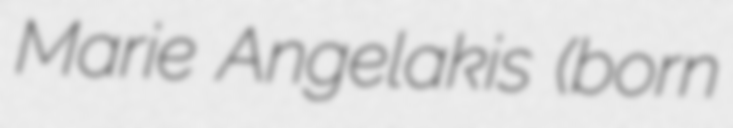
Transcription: Marie Angelakis (born